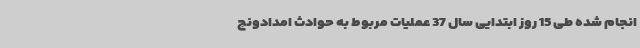
انجام شده طی 15 روز ابتدایی سال 37 عملیات مربوط به حوادث امدادونج